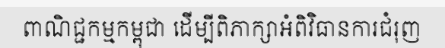
ពាណិជ្ជកម្មកម្ពុជា ដើម្បីពិភាក្សាអំពិវិធានការជំរុញ